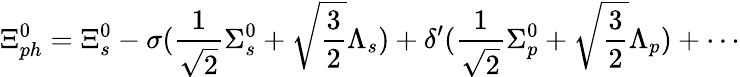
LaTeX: \Xi_{ph}^{0}=\Xi_{s}^{0}-\sigma(\frac{1}{\sqrt 2}\Sigma_{s}^{0}+\sqrt{\frac{3}{2}}\Lambda_{s})+\delta^{\prime}(\frac{1}{\sqrt 2}\Sigma_{p}^{0}+\sqrt{\frac{3}{2}}\Lambda_{p})+\cdots